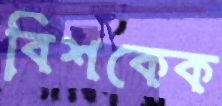
বিশকেক